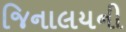
જિનાલયની